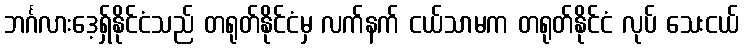
ဘင်္ဂလားဒေ့ရှ်နိုင်ငံသည် တရုတ်နိုင်ငံမှ လက်နက် ငယ်သာမက တရုတ်နိုင်ငံ လုပ် သေးငယ်